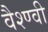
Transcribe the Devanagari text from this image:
वैश्ण्वी